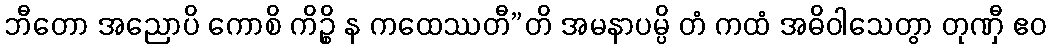
ဘီတော အညောပိ ကောစိ ကိဉ္စိ န ကထေဿတီ”တိ အမနာပမ္ပိ တံ ကထံ အဓိဝါသေတွာ တုဏှီ ဧဝ